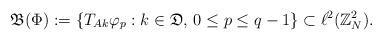
LaTeX: \begin{align*}\mathfrak{B}(\Phi) := \{ T_{Ak} \varphi_{p}: k \in \mathfrak{D},\, 0\leq p \leq q-1 \}\subset \ell^2 ({\mathbb{Z}}^2_N).\end{align*}